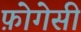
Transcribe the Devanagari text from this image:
फ़ोगेसी